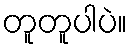
တူတူပါပဲ။